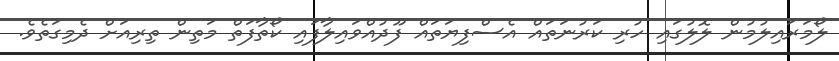
ލޯމަރައިލުމުން ލޮލުގައި ހުރި ކަރުނަތައް އެސްފިޔަތައް ފޫދުއްވައިލާފައި ކޯތާފަތް މަތިން ތިރިއަށް ދެމިގަތެވެ.